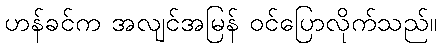
ဟန်ခင်က အလျင်အမြန် ဝင်ပြောလိုက်သည်။